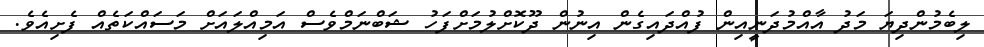
ލިބެމުންދިޔަ މަދު އާއްމުދަނީއިން ފުއްދައިގެން އިނުން ދޫކޮށްލުމަށްފަހު ޝަބްނަމްވެސް އަމިއްލައަށް މަސައްކަތެއް ފެށިއެވެ.